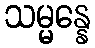
သမ္မန္နေ